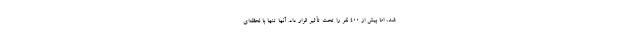
شد، اما بیش از 400 نفر را تحت تأثیر قرار داد. آنها تنها با لحظه‌ای